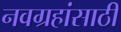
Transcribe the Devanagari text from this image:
नवग्रहांसाठी